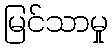
မြင်သာမှု